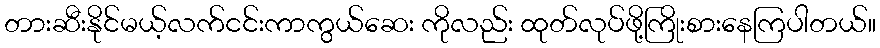
တားဆီးနိုင်မယ့်လက်ငင်းကာကွယ်ဆေး ကိုလည်း ထုတ်လုပ်ဖို့ကြိုးစားနေကြပါတယ်။